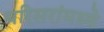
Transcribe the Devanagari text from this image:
परिसरांमध्ये